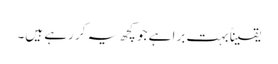
یقیناً بہت برا ہے جو کچھ یہ کر رہے ہیں۔